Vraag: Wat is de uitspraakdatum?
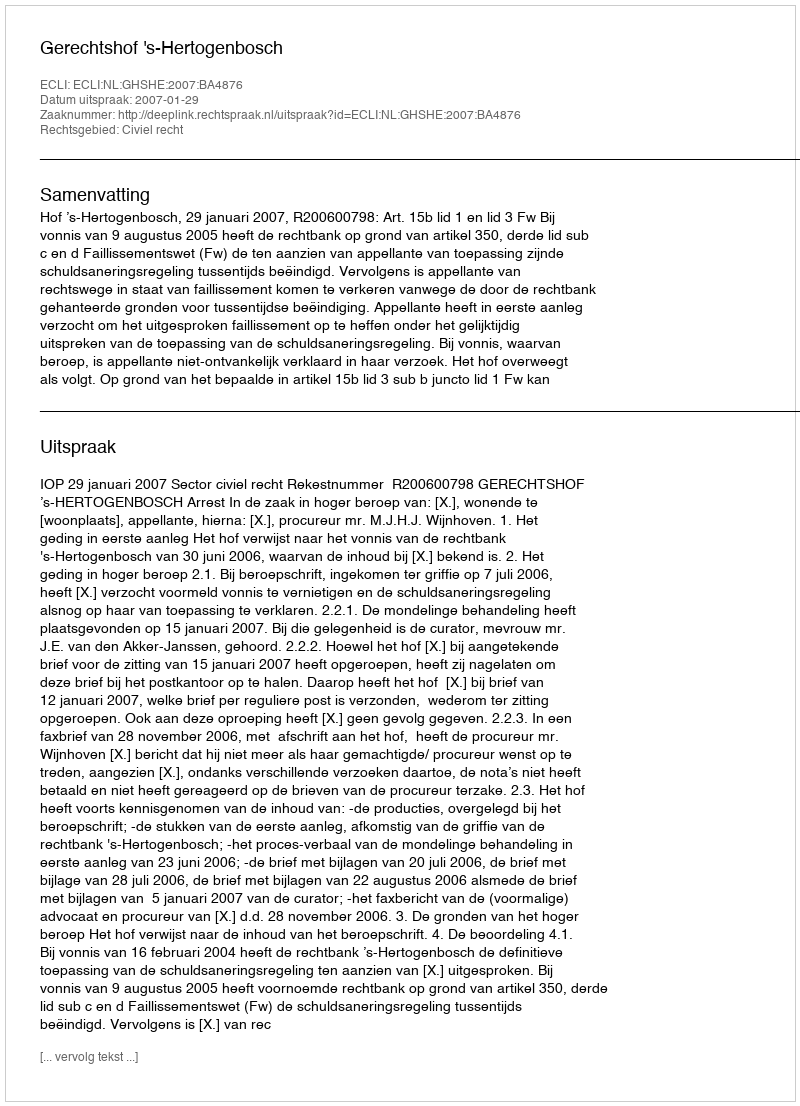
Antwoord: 2007-01-29